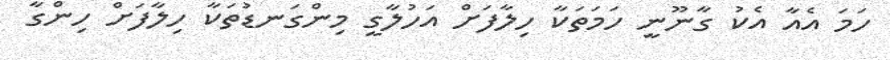
ހަމަ އެއާ އެކު ގާނޫނީ ހަމަތަކާ ހިލާފަށް އަހުލާގީ މިންގަނޑުތަކާ ހިލާފަށް ހިންގާ